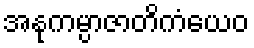
အနုကမ္ပာဇာတိကံယေဝ